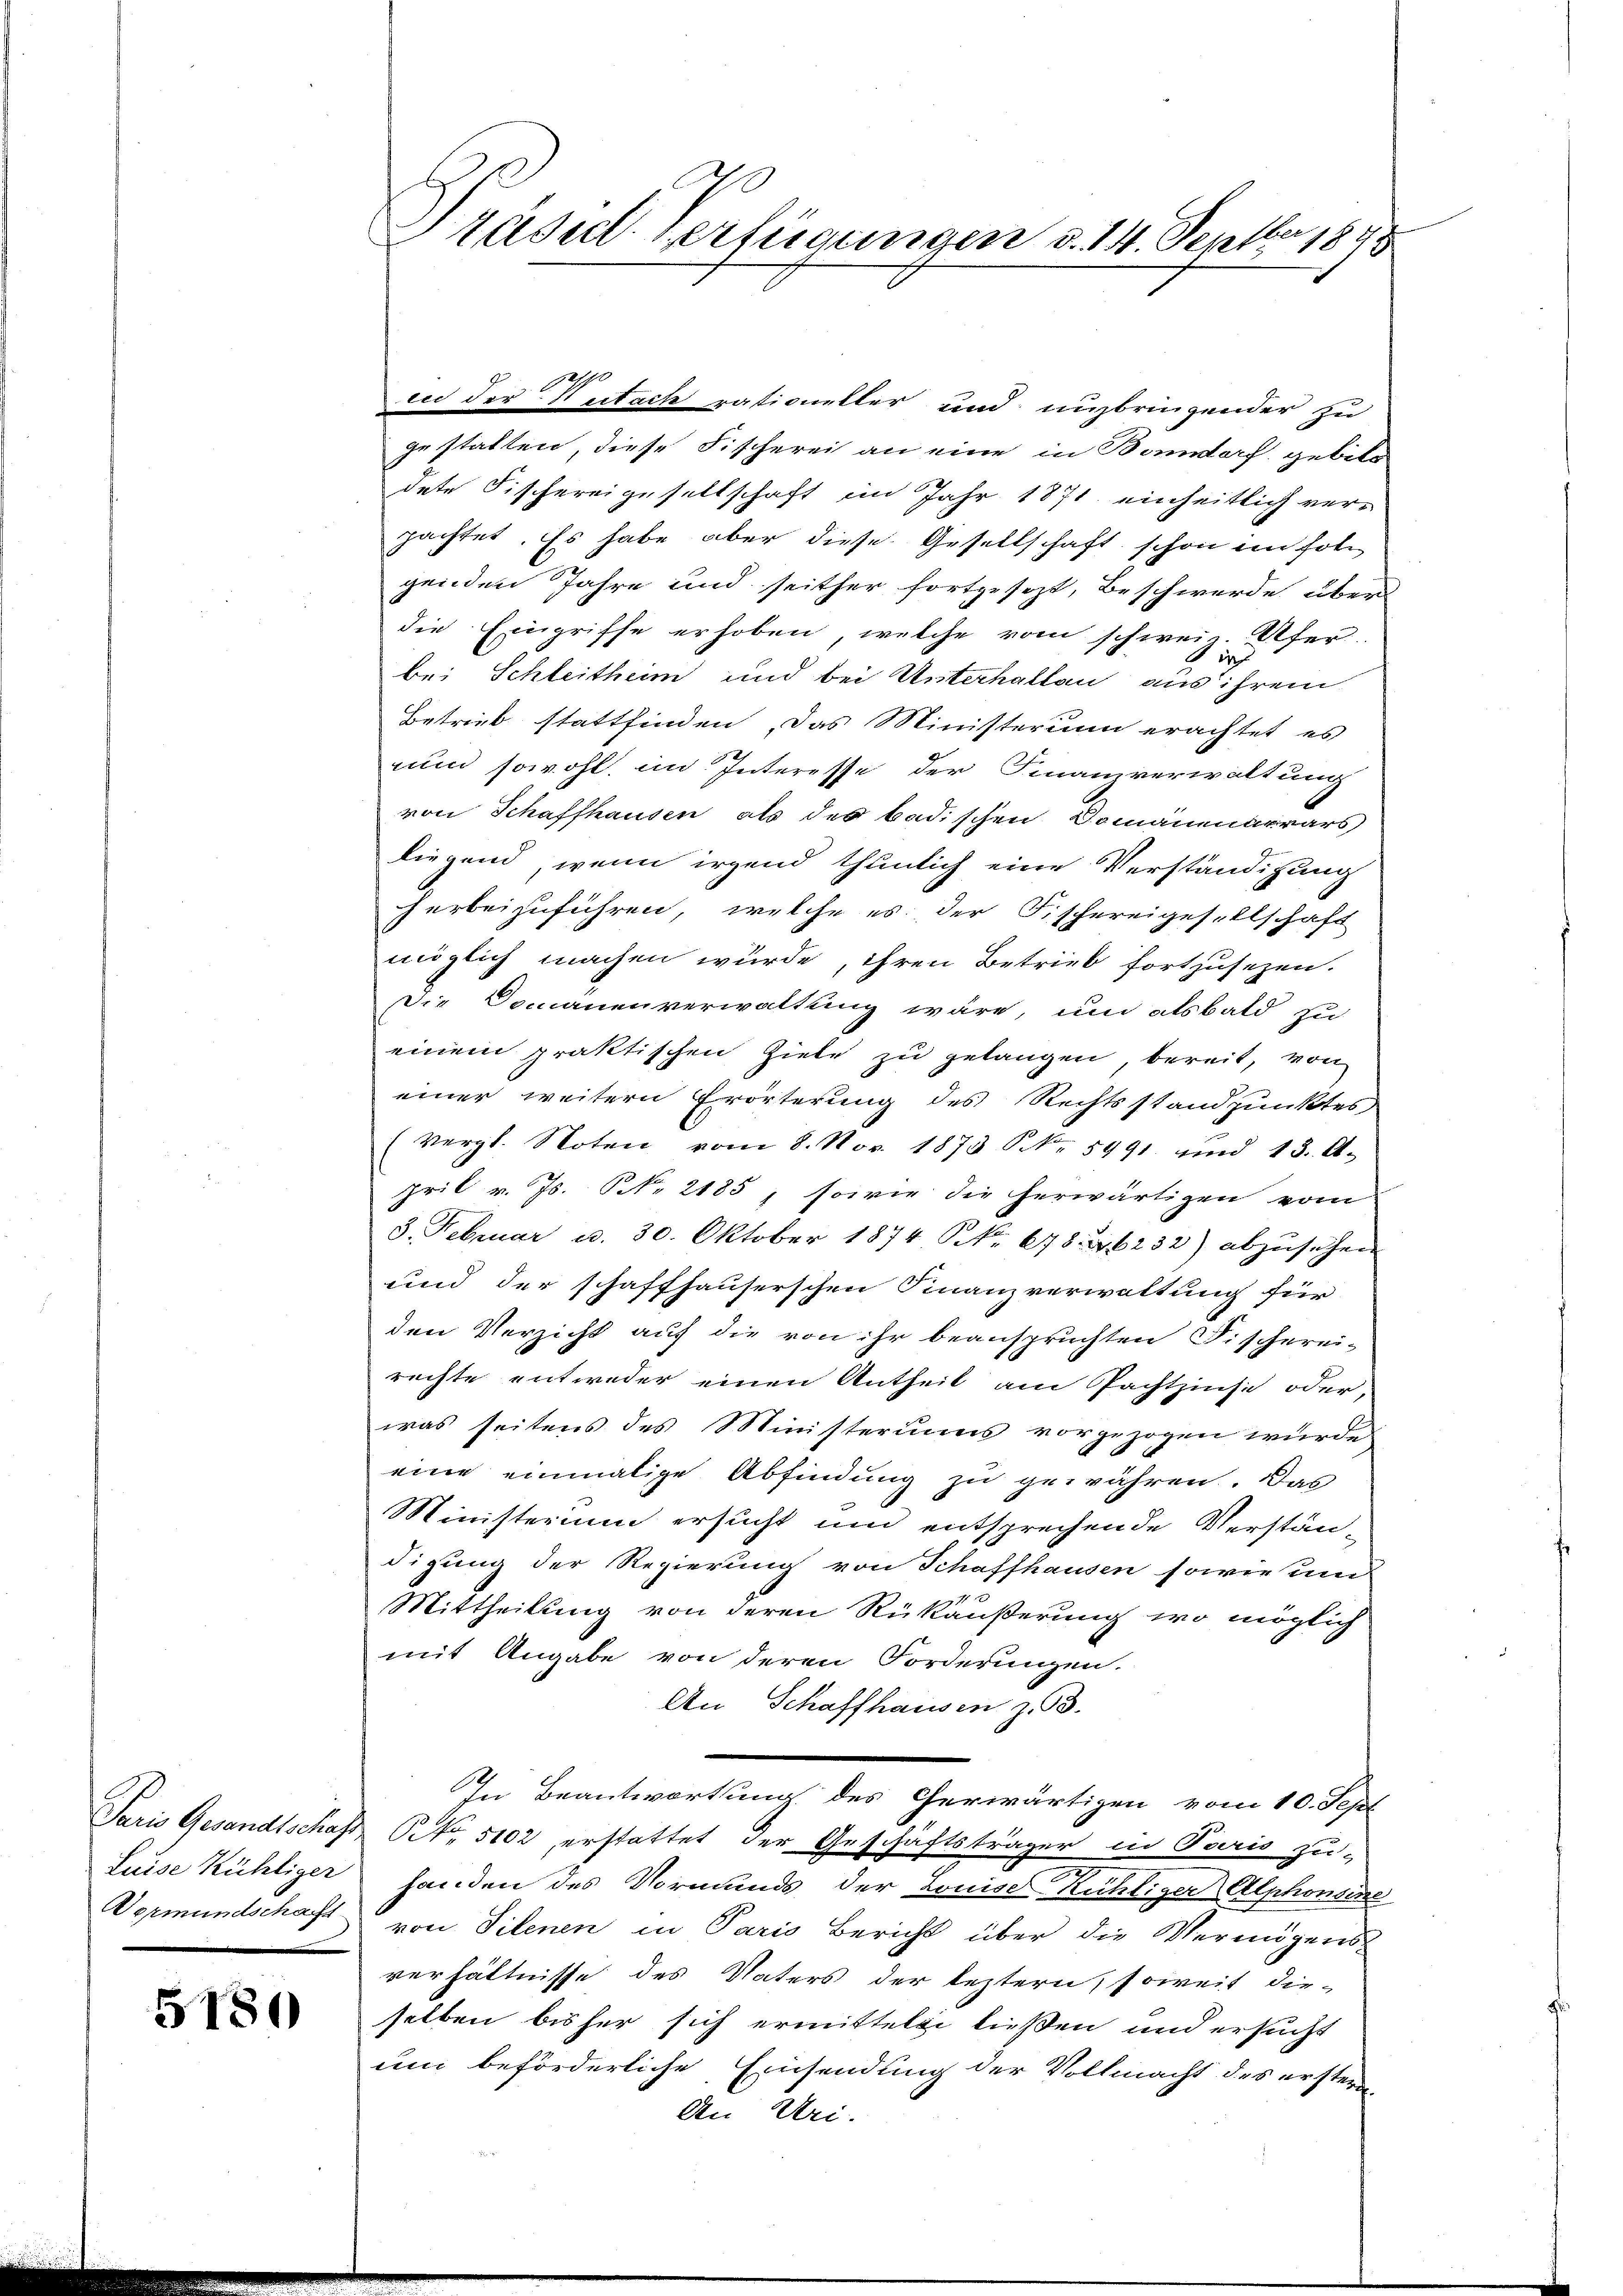
Luise Kühliger
Vormundschafft

5180

Präsidl Verfügungen d. 14. Septbr 1848

190
in der Mutach rationeller und unzbringender zu
gestalten, diese Fischerei an eine in Bonndorf, gebite
dete Fischereigesellschaft im Jahr 1871 einheitlich ver-
pachtet. Es habe aber diese Gesellschaft schon im fol
genden Jahre und seither fortgesezt, Beschwerde über
die Eingriffe erhoben, welche vom schweiz. Ufer
bei Schleitheim und bei Unterhalten aus ihrem
Betrieb stattfinden, das Ministerium erachtet es
uun sowohl, im Interesse der Finanzverwaltung
von Schaffhausen als der badischen Domänenarrars
liegend, wenn irgend thunlich eine Verständigung
herbeizuführen, welche es der Fischereigesellschaft
möglich machen wurde, ihren Betrieb fortzusetzen.
Die Domänenverwaltung wäre, und alsbald zu
einem praktischen Ziele zu gelangen, bereit, von
einer weitern Erörterung des Rechtsstandpunktes
(vergl. Noten vom 8. Nov. 1873 S. 5991. und 13. A.
pril v. Js. NNo. 2185, sowie die herwärtigen vom
3. Februar u. 30. Oktober 1874 NNo. 678. 46232) abzŭsehen
und der schaffhauserschen Finanzverwaltung für
den Verzicht auf die von ihr beanspruchten Fischerei-
rechte entweder einen Antheil am Pachtzinse oder,
was seitens des Ministeriums vorgezogen wurde
eine einmalige Abfindung zu gewähren. Das
Ministerium ersucht und entsprechende Verstän-
digung der Regierung von Schaffhausen sowie un
Mittheilung von deren Rükäußerung, wo möglich
mit Angabe von deren Forderungen.
An Schaffhausen z. 3.
In Beantwortung des Cherwärtigen vom 10. Sept
Paris Gesandtschaft Nr. 5102, erstattet der Geschäftsträger in Paris zu-
.
handen des Vormunds der Louises Richtiger Alphonsine
von Tilenen in Paris Bericht über die Vermögens
verhältnisse des Vaters der leztern, soweit die-
selben bisher sich ermitteln ließen und ersucht
um beförderliche Einsendung der Vollmacht des erstern
An Uri.